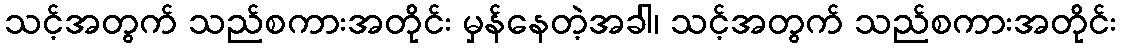
သင့်အတွက် သည်စကားအတိုင်း မှန်နေတဲ့အခါ၊ သင့်အတွက် သည်စကားအတိုင်း